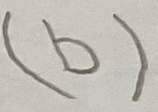
Text: (b)